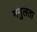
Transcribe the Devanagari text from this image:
मनुलता